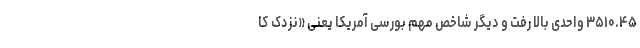
۳۵۱۰.۴۵ واحدی بالا رفت و دیگر شاخص مهم بورسی آمریکا یعنی «نزدک کا